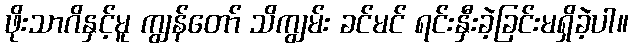
ဖိုးသာဂိနှင့်မူ ကျွန်တော် သိကျွမ်း ခင်မင် ရင်းနှီးခဲ့ခြင်းမရှိခဲ့ပါ။